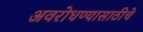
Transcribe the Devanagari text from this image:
अवरोधण्यासाठीचे